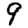
Digit: 9